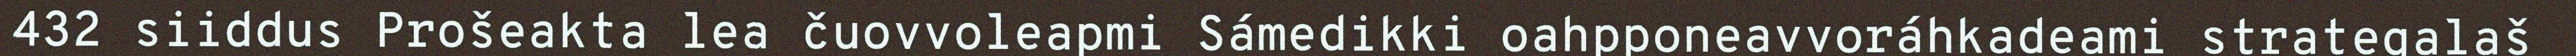
432 siiddus Prošeakta lea čuovvoleapmi Sámedikki oahpponeavvoráhkadeami strategalaš